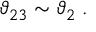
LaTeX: \vartheta _ { 2 3 } \sim \vartheta _ { 2 } \; .